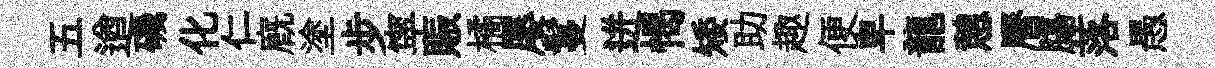
五遒磯化仁廐塗步寜賑橘屡鬘迸愒矮助趣便卑龍憩曆膓落愚